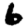
Digit: 6